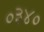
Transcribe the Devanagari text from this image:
०३४०